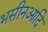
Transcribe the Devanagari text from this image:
भसीनआदि